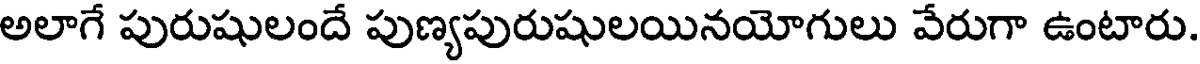
అలాగే పురుషులందే పుణ్యపురుషులయినయోగులు వేరుగా ఉంటారు.